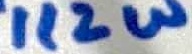
Text: 1/2W